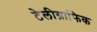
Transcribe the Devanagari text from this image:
टेलीग्राफिक